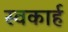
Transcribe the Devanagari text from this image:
स्वकार्ह